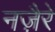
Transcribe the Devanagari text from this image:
नज़ैरे